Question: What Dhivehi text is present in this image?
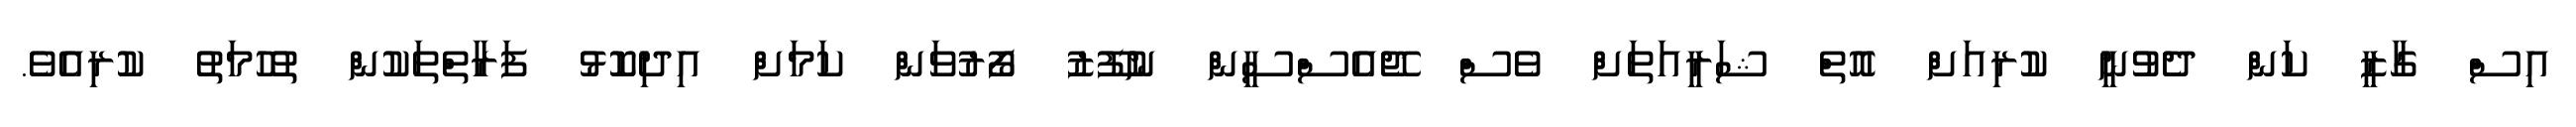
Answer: އިސް ގާޒީ ކަން ދެވުނީ ކުރިއަށް އޮތް ޝަރީއަތަށް ވެސް ޖޭއެސްސީން ނުފޫޒު ފޯރުވަން ކަމަށް އިދިކޮޅު ފަރާތްތަކުން ތުހުމަތު ކުރިއެވެ.